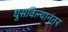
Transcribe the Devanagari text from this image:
घुसविल्यानंतर